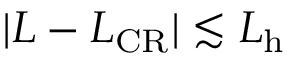
\vert L - L _ { \mathrm { C R } } \vert \lesssim L _ { \mathrm { h } }